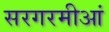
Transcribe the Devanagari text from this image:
सरगरमीआं